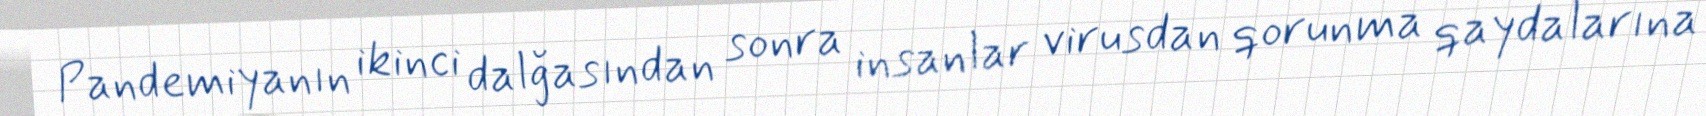
Pandemiyanın ikinci dalğasından sonra insanlar virusdan qorunma qaydalarına